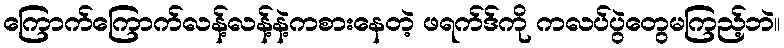
ကြောက်ကြောက်လန့်လန့်နဲ့ကစားနေတဲ့ ဖရက်ဒ်ကို ကလပ်ပွဲတွေမကြည့်ဘဲ။